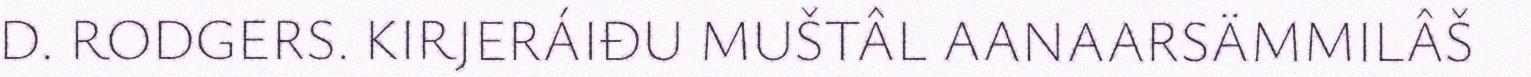
D. RODGERS. KIRJERÁIĐU MUŠTÂL AANAARSÄMMILÂŠ